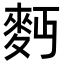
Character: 麪